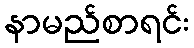
နာမည်စာရင်း